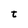
Character: t